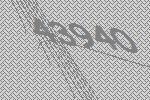
43940